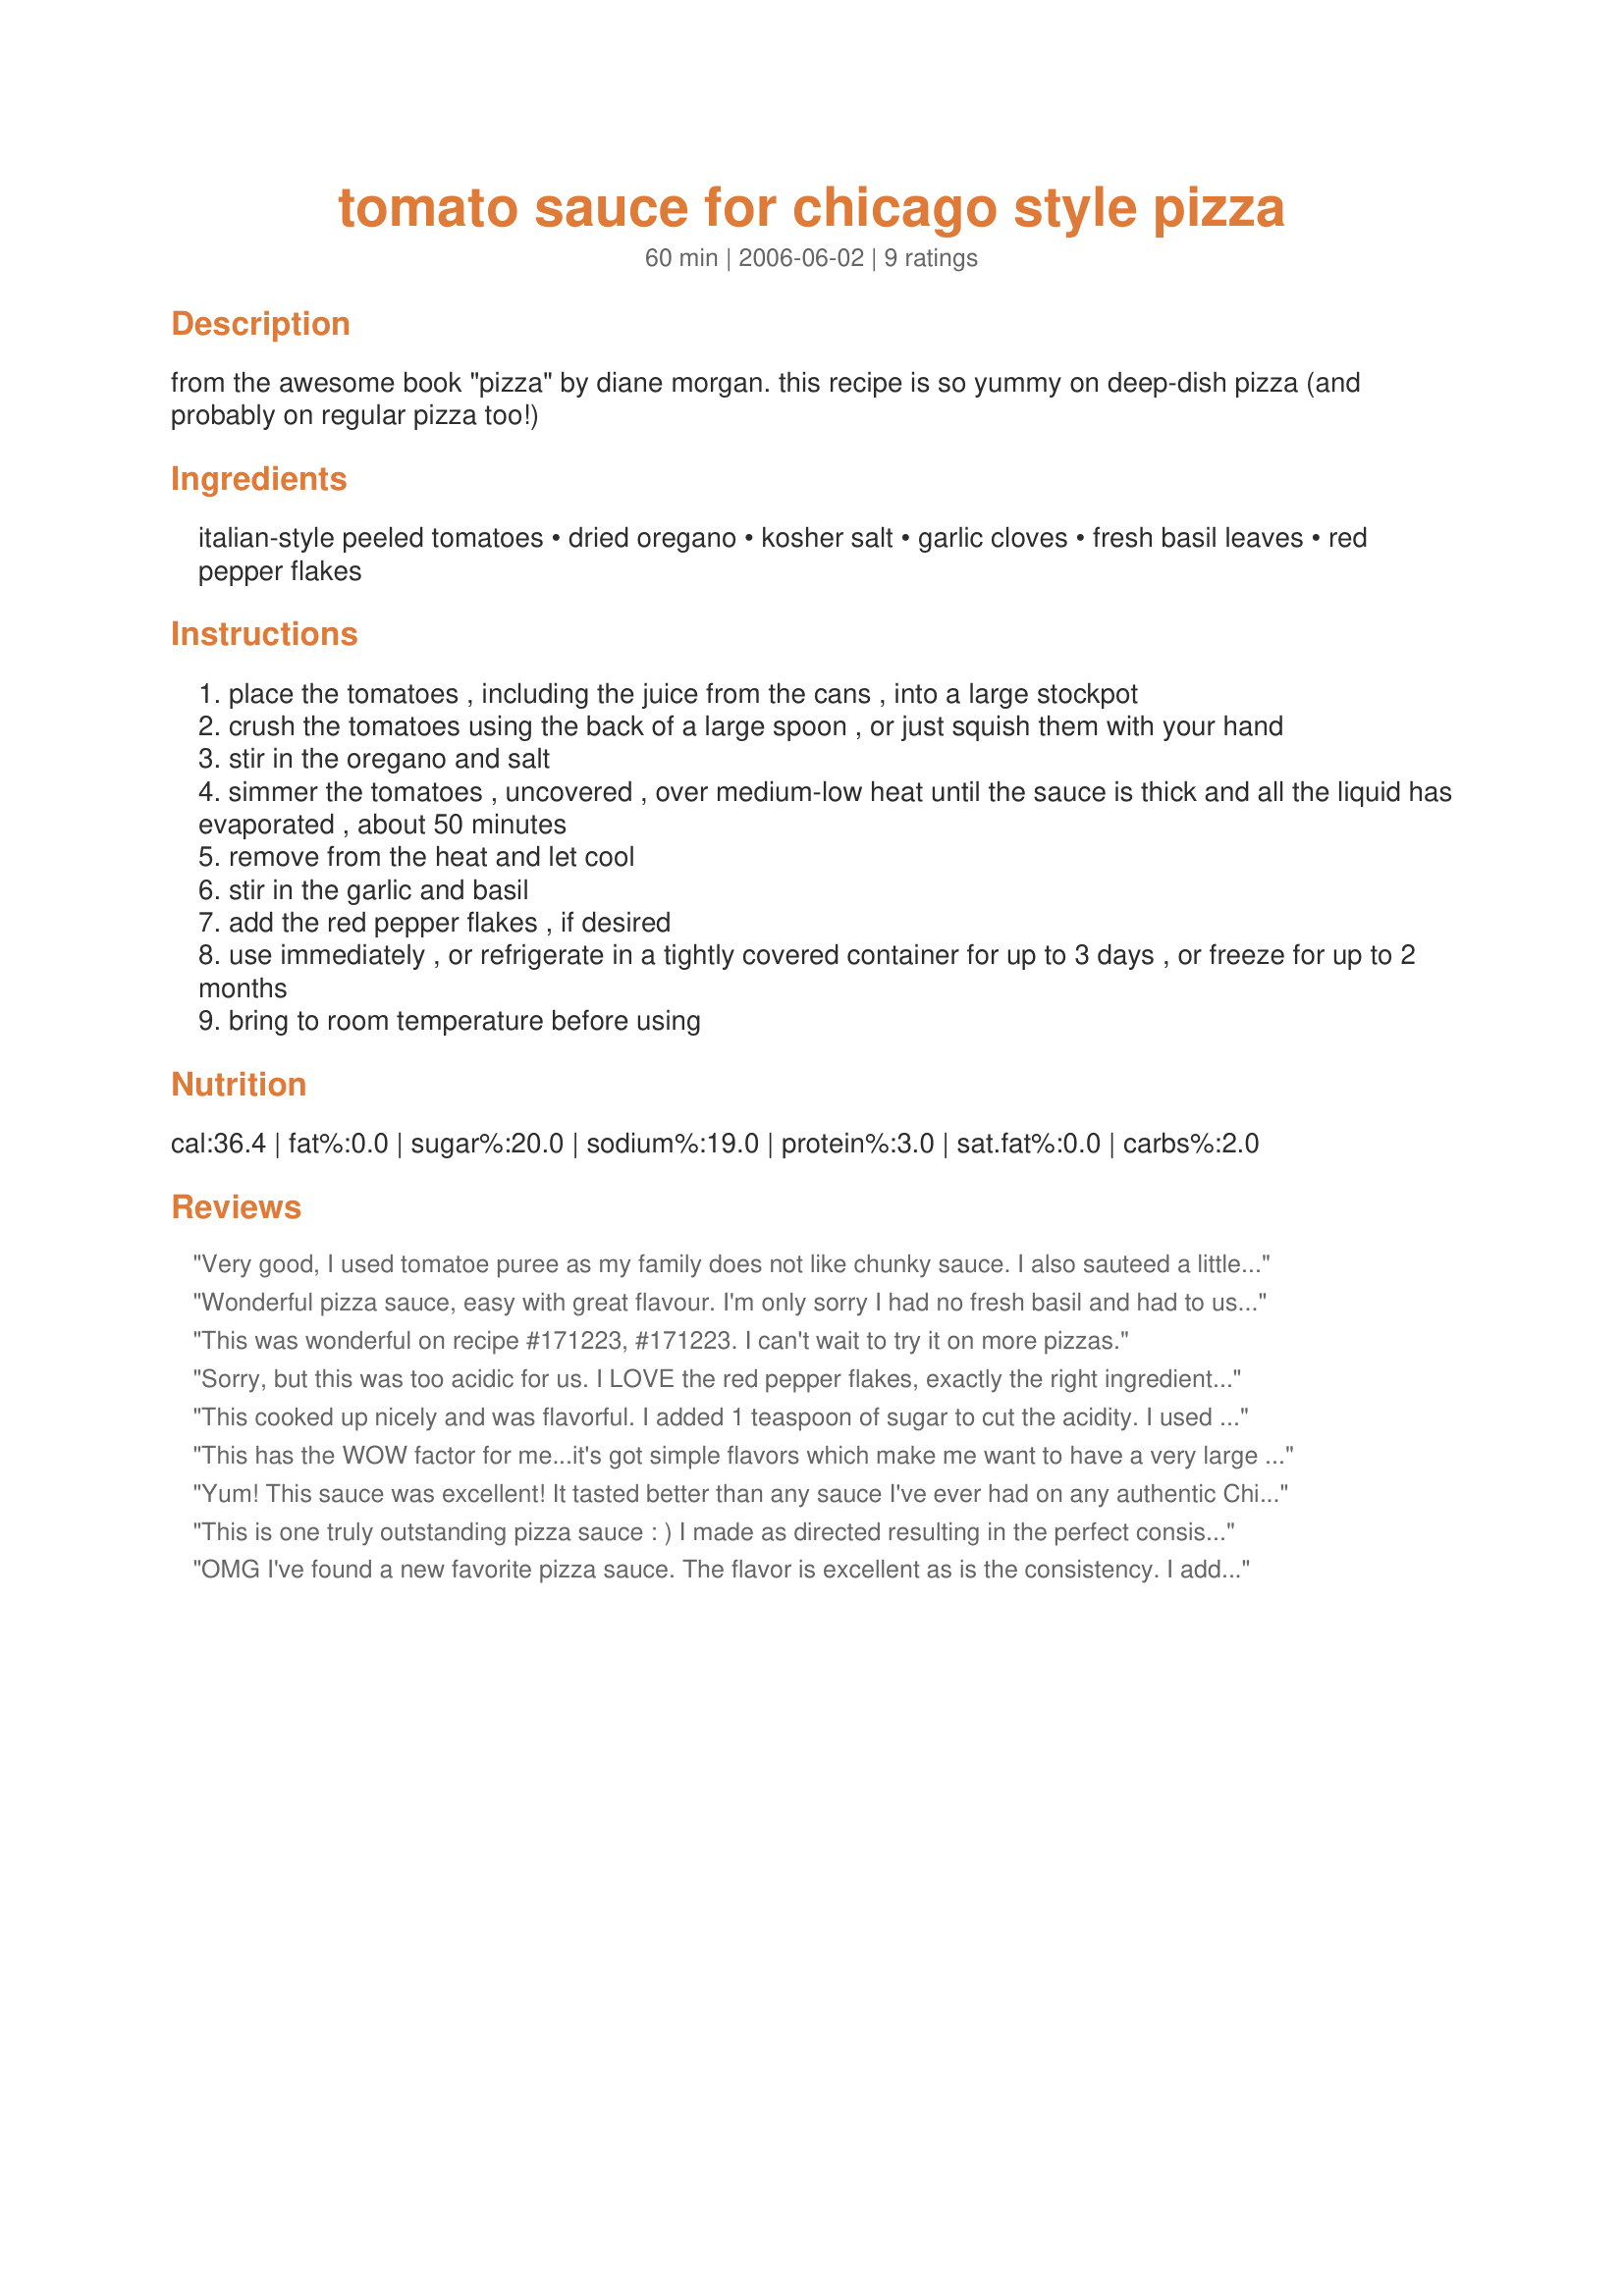
tomato sauce for chicago style pizza
Preparation time: 60 minutes

from the awesome book "pizza" by diane morgan.
this recipe is so yummy on deep-dish pizza (and probably on regular pizza too!)

Ingredients:
italian-style peeled tomatoes, dried oregano, kosher salt, garlic cloves, fresh basil leaves, red pepper flakes

Steps:
place the tomatoes , including the juice from the cans , into a large stockpot
crush the tomatoes using the back of a large spoon , or just squish them with your hand
stir in the oregano and salt
simmer the tomatoes , uncovered , over medium-low heat until the sauce is thick and all the liquid has evaporated , about 50 minutes
remove from the heat and let cool
stir in the garlic and basil
add the red pepper flakes , if desired
use immediately , or refrigerate in a tightly covered container for up to 3 days , or freeze for up to 2 months
bring to room temperature before using

Reviews:
Very good, I used tomatoe puree as my family does not like chunky sauce. I also sauteed a little onion in some olive oil before adding the tomatoes. Followed the rest of the recipe but added just a little sugar at the end to cut the acidity. This was a very good thick sauce that has a lot of flavor from just a few ingrediants. Thank you for the recipe.
Wonderful pizza sauce, easy with great flavour. I'm only sorry I had no fresh basil and had to use dried, but I'll be making this again when fresh basil is plentiful. I used a stick blender for a bit smoother consistency. This would be great made with fresh garden tomatoes in the summer and would freeze well. Thank you, lucid.
This was wonderful on recipe #171223, #171223. I can't wait to try it on more pizzas.
Sorry, but this was too acidic for us. I LOVE the red pepper flakes, exactly the right ingredient for pizza sauce! My BF wouldn't eat this though, due to its "I'm a big baby and can't eat anything that tastes like it might exacerbate my ulcer" taste. Guess I gotta go with something sweeter or cut it with red peppers. sigh. I wanted to use this for Pizza Roll-Ups #50772 but I ended up adding it to my lasagne meat sauce. (He'll never know!)
This cooked up nicely and was flavorful. I added 1 teaspoon of sugar to cut the acidity. I used it with recipe #35805 and loaded up with toppings for a pizza night. Thank you for sharing your recipe! 

Reviewed for World Tour 3.
This has the WOW factor for me...it's got simple flavors which make me want to have a very large Chicago pizza! EASY!!! Made for ZWT3...a Toast to the Captains!
Yum! This sauce was excellent! It tasted better than any sauce I've ever had on any authentic Chicago pizza, and I'm originally from Chicago. I will definitely be making this again, possibly for pastas too! I used 2 cans of Italian style crushed tomatoes instead of whole tomatoes, and it worked out fine. I also added 2 teaspoons of sugar. It took a very long time to get all the liquid out (a couple hours), but that might be because I used a medium saucepan instead of a stockpot. I think I will use my large Dutch oven next time so that I can have a greater surface area to get all the liquid out more quickly. Thank you for posting this! I will have to try your recipe for Chicago style pizza dough too! Yum!
This is one truly outstanding pizza sauce : ) I made as directed resulting in the perfect consistency and flavor. I added double the amount of optional red pepper flakes because we like spicy. I will keep this recipe close at hand for many pizzas to come in the future! Thank you, lucid!
OMG I've found a new favorite pizza sauce. The flavor is excellent as is the consistency. I added the garlic, basil and red peppers right in with everything else and let it simmer for about 3 hours on low and it was just perfect. I'll be making this again.
